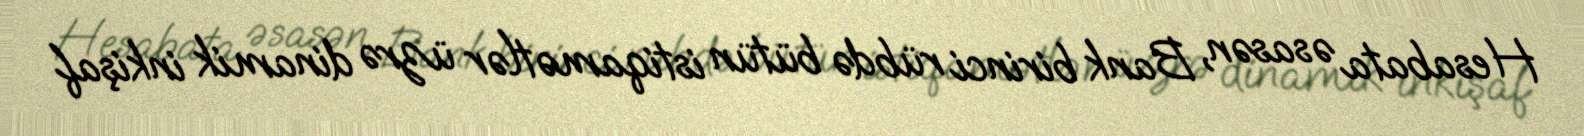
Hesabata əsasən, Bank birinci rübdə bütün istiqamətlər üzrə dinamik inkişaf